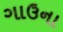
ગાઉના